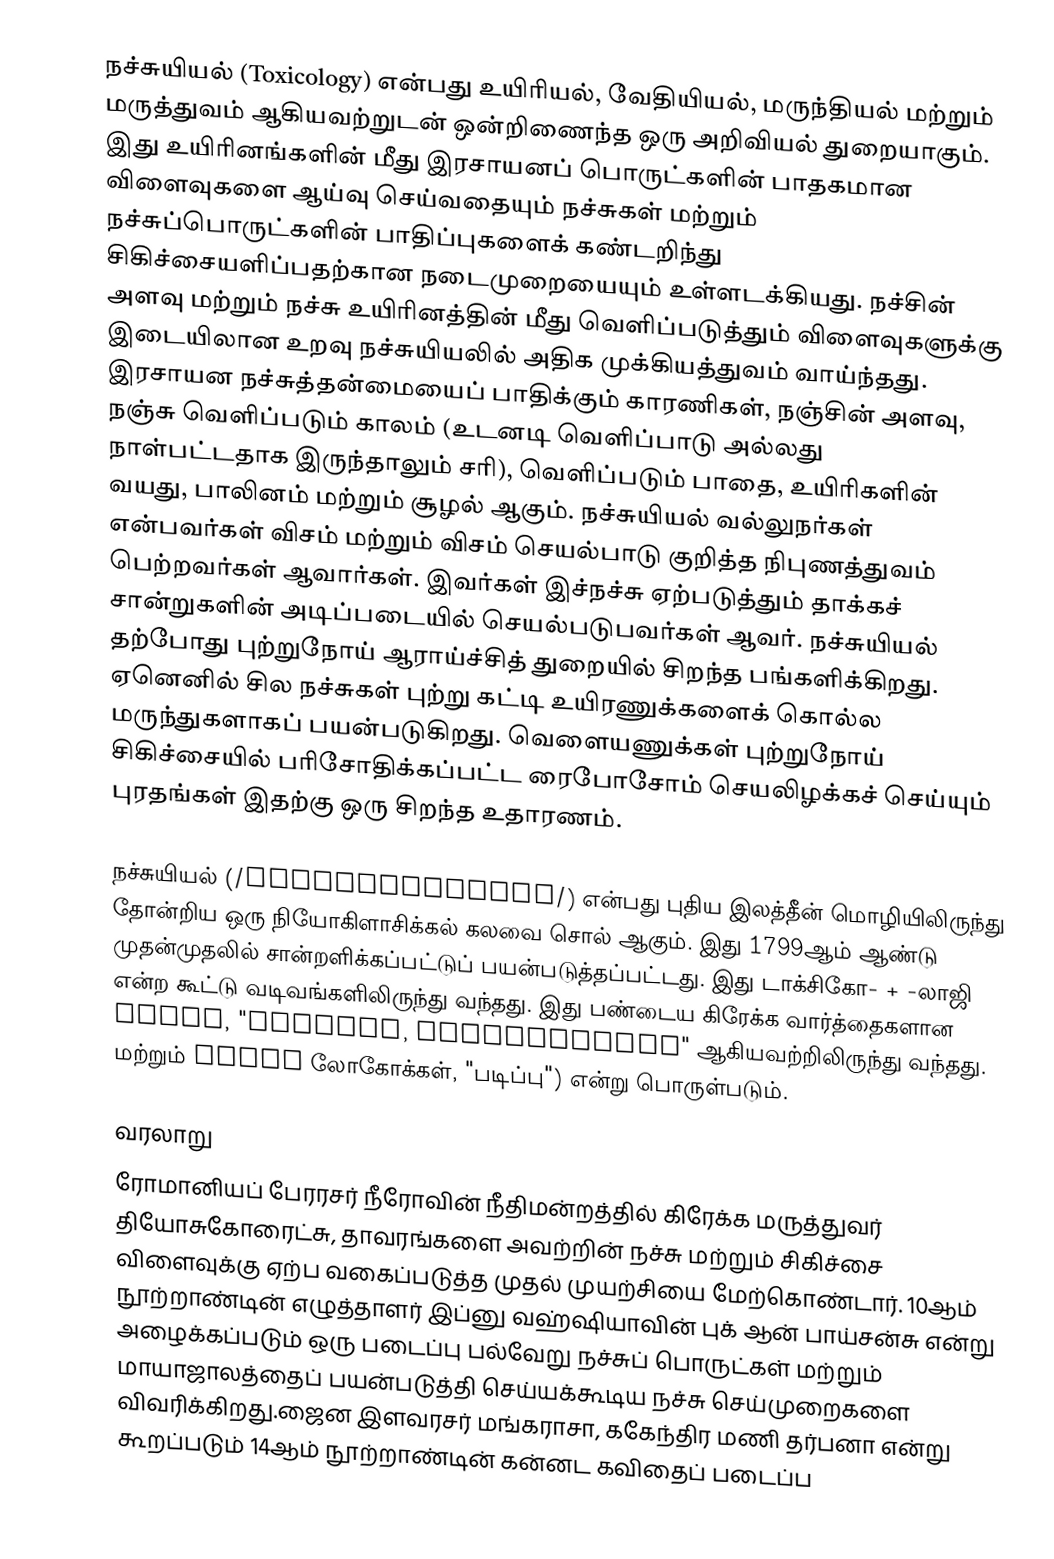
நச்சுயியல் (Toxicology) என்பது உயிரியல், வேதியியல், மருந்தியல் மற்றும் மருத்துவம் ஆகியவற்றுடன் ஒன்றிணைந்த ஒரு அறிவியல் துறையாகும். இது உயிரினங்களின் மீது இரசாயனப் பொருட்களின் பாதகமான விளைவுகளை ஆய்வு செய்வதையும் நச்சுகள் மற்றும் நச்சுப்பொருட்களின் பாதிப்புகளைக் கண்டறிந்து சிகிச்சையளிப்பதற்கான நடைமுறையையும் உள்ளடக்கியது. நச்சின் அளவு மற்றும் நச்சு உயிரினத்தின் மீது வெளிப்படுத்தும் விளைவுகளுக்கு இடையிலான உறவு நச்சுயியலில் அதிக முக்கியத்துவம் வாய்ந்தது. இரசாயன நச்சுத்தன்மையைப் பாதிக்கும் காரணிகள், நஞ்சின் அளவு, நஞ்சு வெளிப்படும் காலம் (உடனடி வெளிப்பாடு அல்லது நாள்பட்டதாக இருந்தாலும் சரி), வெளிப்படும் பாதை, உயிரிகளின் வயது, பாலினம் மற்றும் சூழல் ஆகும். நச்சுயியல் வல்லுநர்கள் என்பவர்கள் விசம் மற்றும் விசம் செயல்பாடு குறித்த நிபுணத்துவம் பெற்றவர்கள் ஆவார்கள். இவர்கள் இச்நச்சு ஏற்படுத்தும் தாக்கச் சான்றுகளின் அடிப்படையில் செயல்படுபவர்கள் ஆவர். நச்சுயியல் தற்போது புற்றுநோய் ஆராய்ச்சித் துறையில் சிறந்த பங்களிக்கிறது. ஏனெனில் சில நச்சுகள் புற்று கட்டி உயிரணுக்களைக் கொல்ல மருந்துகளாகப் பயன்படுகிறது. வெளையணுக்கள் புற்றுநோய் சிகிச்சையில் பரிசோதிக்கப்பட்ட ரைபோசோம் செயலிழக்கச் செய்யும் புரதங்கள் இதற்கு ஒரு சிறந்த உதாரணம்.

நச்சுயியல் (/ˌtɒksɪˈkɒlədʒi/) என்பது புதிய இலத்தீன் மொழியிலிருந்து தோன்றிய ஒரு நியோகிளாசிக்கல் கலவை சொல் ஆகும். இது 1799ஆம் ஆண்டு முதன்முதலில் சான்றளிக்கப்பட்டுப் பயன்படுத்தப்பட்டது. இது டாக்சிகோ- + -லாஜி என்ற கூட்டு வடிவங்களிலிருந்து வந்தது. இது பண்டைய கிரேக்க வார்த்தைகளான τοkos, "poxison, τοkosɌξικson" ஆகியவற்றிலிருந்து வந்தது. மற்றும் λόγος லோகோக்கள், "படிப்பு") என்று பொருள்படும்.

வரலாறு
ரோமானியப் பேரரசர் நீரோவின் நீதிமன்றத்தில் கிரேக்க மருத்துவர் தியோசுகோரைட்சு, தாவரங்களை அவற்றின் நச்சு மற்றும் சிகிச்சை விளைவுக்கு ஏற்ப வகைப்படுத்த முதல் முயற்சியை மேற்கொண்டார். 10ஆம் நூற்றாண்டின் எழுத்தாளர் இப்னு வஹ்ஷியாவின் புக் ஆன் பாய்சன்சு என்று அழைக்கப்படும் ஒரு படைப்பு பல்வேறு நச்சுப் பொருட்கள் மற்றும் மாயாஜாலத்தைப் பயன்படுத்தி செய்யக்கூடிய நச்சு செய்முறைகளை விவரிக்கிறது.ஜைன இளவரசர் மங்கராசா, ககேந்திர மணி தர்பனா என்று கூறப்படும் 14ஆம் நூற்றாண்டின் கன்னட கவிதைப் படைப்ப